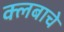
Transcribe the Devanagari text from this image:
क्लबाचे